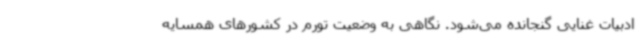
ادبیات غنایی گنجانده می‌شود. نگاهی به وضعیت تورم در کشورهای همسایه